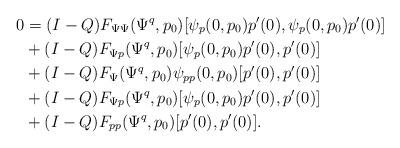
LaTeX: \begin{align*}0 &= (I-Q) F_{\Psi\Psi}(\Psi^q,p_0)[\psi_p(0,p_0)p'(0),\psi_p(0,p_0)p'(0)]\\&+ (I-Q) F_{\Psi p}(\Psi^q,p_0)[\psi_p(0,p_0)p'(0), p'(0)]\\&+ (I-Q) F_\Psi(\Psi^q,p_0)\psi_{pp}(0,p_0)[p'(0), p'(0)]\\&+ (I-Q) F_{\Psi p}(\Psi^q,p_0)[\psi_p(0,p_0)p'(0), p'(0)]\\&+ (I-Q) F_{pp}(\Psi^q, p_0)[p'(0), p'(0)].\end{align*}